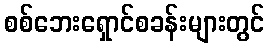
စစ်ဘေးရှောင်စခန်းများတွင်